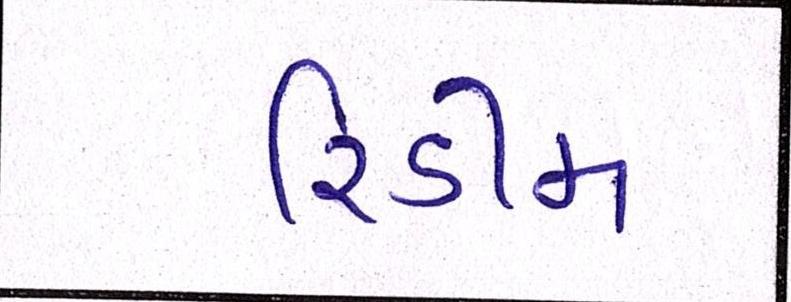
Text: રિડીમ